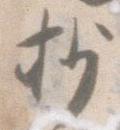
抄